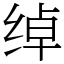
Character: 绰